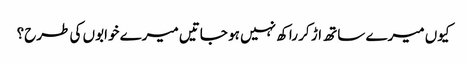
کیوں میرے ساتھ اڑ کر راکھ نہیں ہو جاتیں میرے خوابوں کی طرح؟